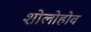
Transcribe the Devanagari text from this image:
शोलोहोव